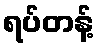
ရပ်တန့်